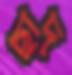
ছাদ